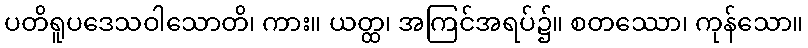
ပတိရူပဒေသဝါသောတိ၊ ကား။ ယတ္ထ၊ အကြင်အရပ်၌။ စတဿော၊ ကုန်သော။